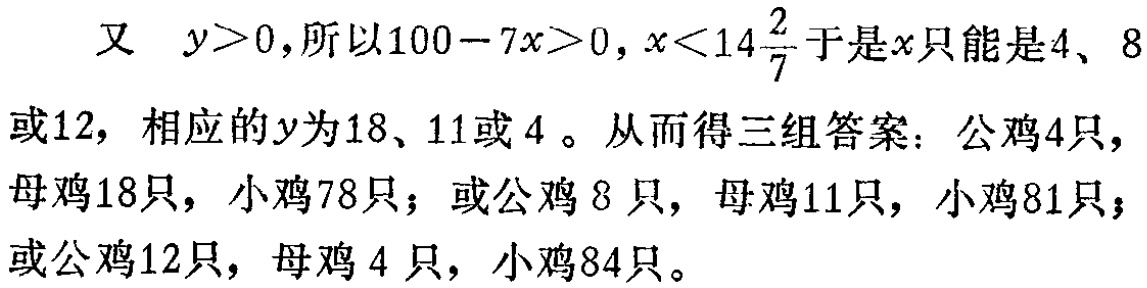
又 \(y>0\)，所以\(100 - 7x>0\)，\(x<14\frac{2}{7}\) 于是\(x\)只能是\(4\)、\(8\)或\(12\)，相应的\(y\)为\(18\)、\(11\)或\(4\)。从而得三组答案：公鸡\(4\)只，母鸡\(18\)只，小鸡\(78\)只；或公鸡 \(8\)只，母鸡\(11\)只，小鸡\(81\)只；或公鸡\(12\)只，母鸡 \(4\) 只，小鸡\(84\)只。